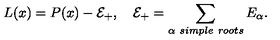
L ( x ) = P ( x ) - { \cal E } _ { + } , \quad { \cal E } _ { + } = \sum _ { \alpha \ s i m p l e \ r o o t s } E _ { \alpha } .